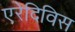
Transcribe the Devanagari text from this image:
एरेदिविस